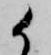
候